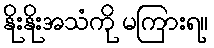
နိုးနိုးအသံကို မကြားရ။